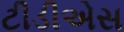
ટીડીએસ